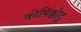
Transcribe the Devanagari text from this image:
कोषिक्कोटु